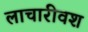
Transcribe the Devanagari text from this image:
लाचारीवश